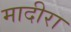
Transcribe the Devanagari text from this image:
मादीरा